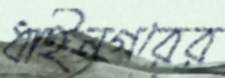
ধাইনগরের